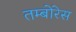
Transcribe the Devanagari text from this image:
तम्बोरेस